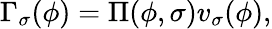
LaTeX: \Gamma_{\sigma}(\phi)=\Pi(\phi,\sigma)v_{\sigma}(\phi),